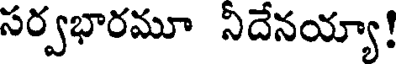
సర్వభారమూ నీదేనయ్యా!